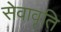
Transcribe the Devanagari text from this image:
सेवावृति